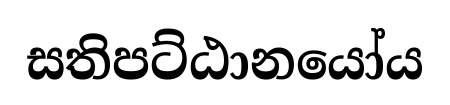
සතිපට්ඨානයෝය